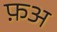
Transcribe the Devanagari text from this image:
फ़अ